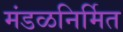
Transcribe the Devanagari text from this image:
मंडळनिर्मित